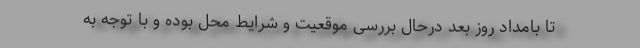
تا بامداد روز بعد درحال بررسی موقعیت و شرایط محل بوده و با توجه به